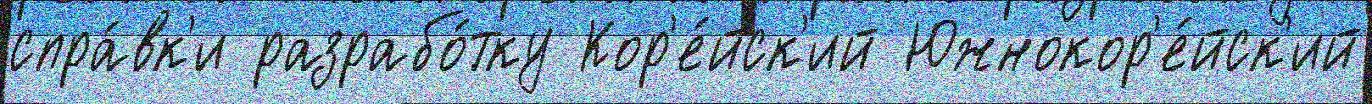
спра́вк'и разрабо́тку Кор'е́йск'ий Южнокор'е́йск'ий